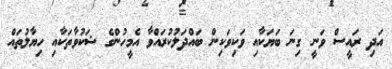
އަދި ރައީސް ވަނީ ގިނަ ބަޔަކާއި ވަކިވަކިން ބައްދަލުކުރައްވާ އެމީހުންގެ ޝަކުވާތަކާއި ހިޔާލުތައް